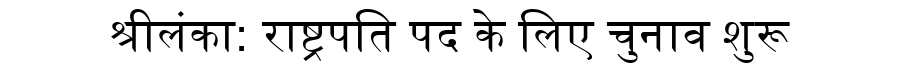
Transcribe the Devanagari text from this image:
श्रीलंका: राष्ट्रपति पद के लिए चुनाव शुरू